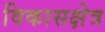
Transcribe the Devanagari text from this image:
विकासक्षेत्र